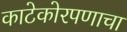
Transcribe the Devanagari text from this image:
काटेकोरपणाचा